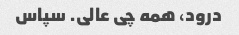
درود، همه چی عالی. سپاس